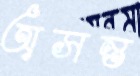
অসন্ত